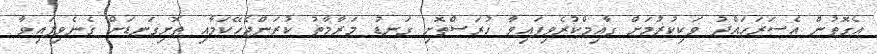
އެގޮތުން އެސަރަހައްދު ވަކިކުރުމަށް ގާއިމްކުރެވިފައިވާ ހުރަސްތޮށި ގަނޑު މަރާމާތު ކުރަންޖެހޭކަމާއި ތޮށިގަނޑަށް ގެނެވިފައިވާ